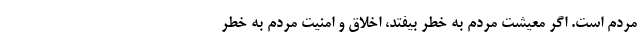
مردم است. اگر معیشت مردم به خطر بیفتد، اخلاق و امنیت مردم به خطر